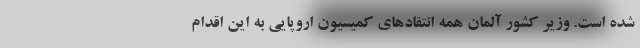
شده است. وزیر کشور آلمان همه انتقادهای کمیسیون اروپایی به این اقدام